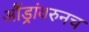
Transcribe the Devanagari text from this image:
औंड्रांवरुनच